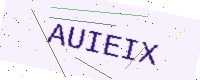
Text: AUIEIX